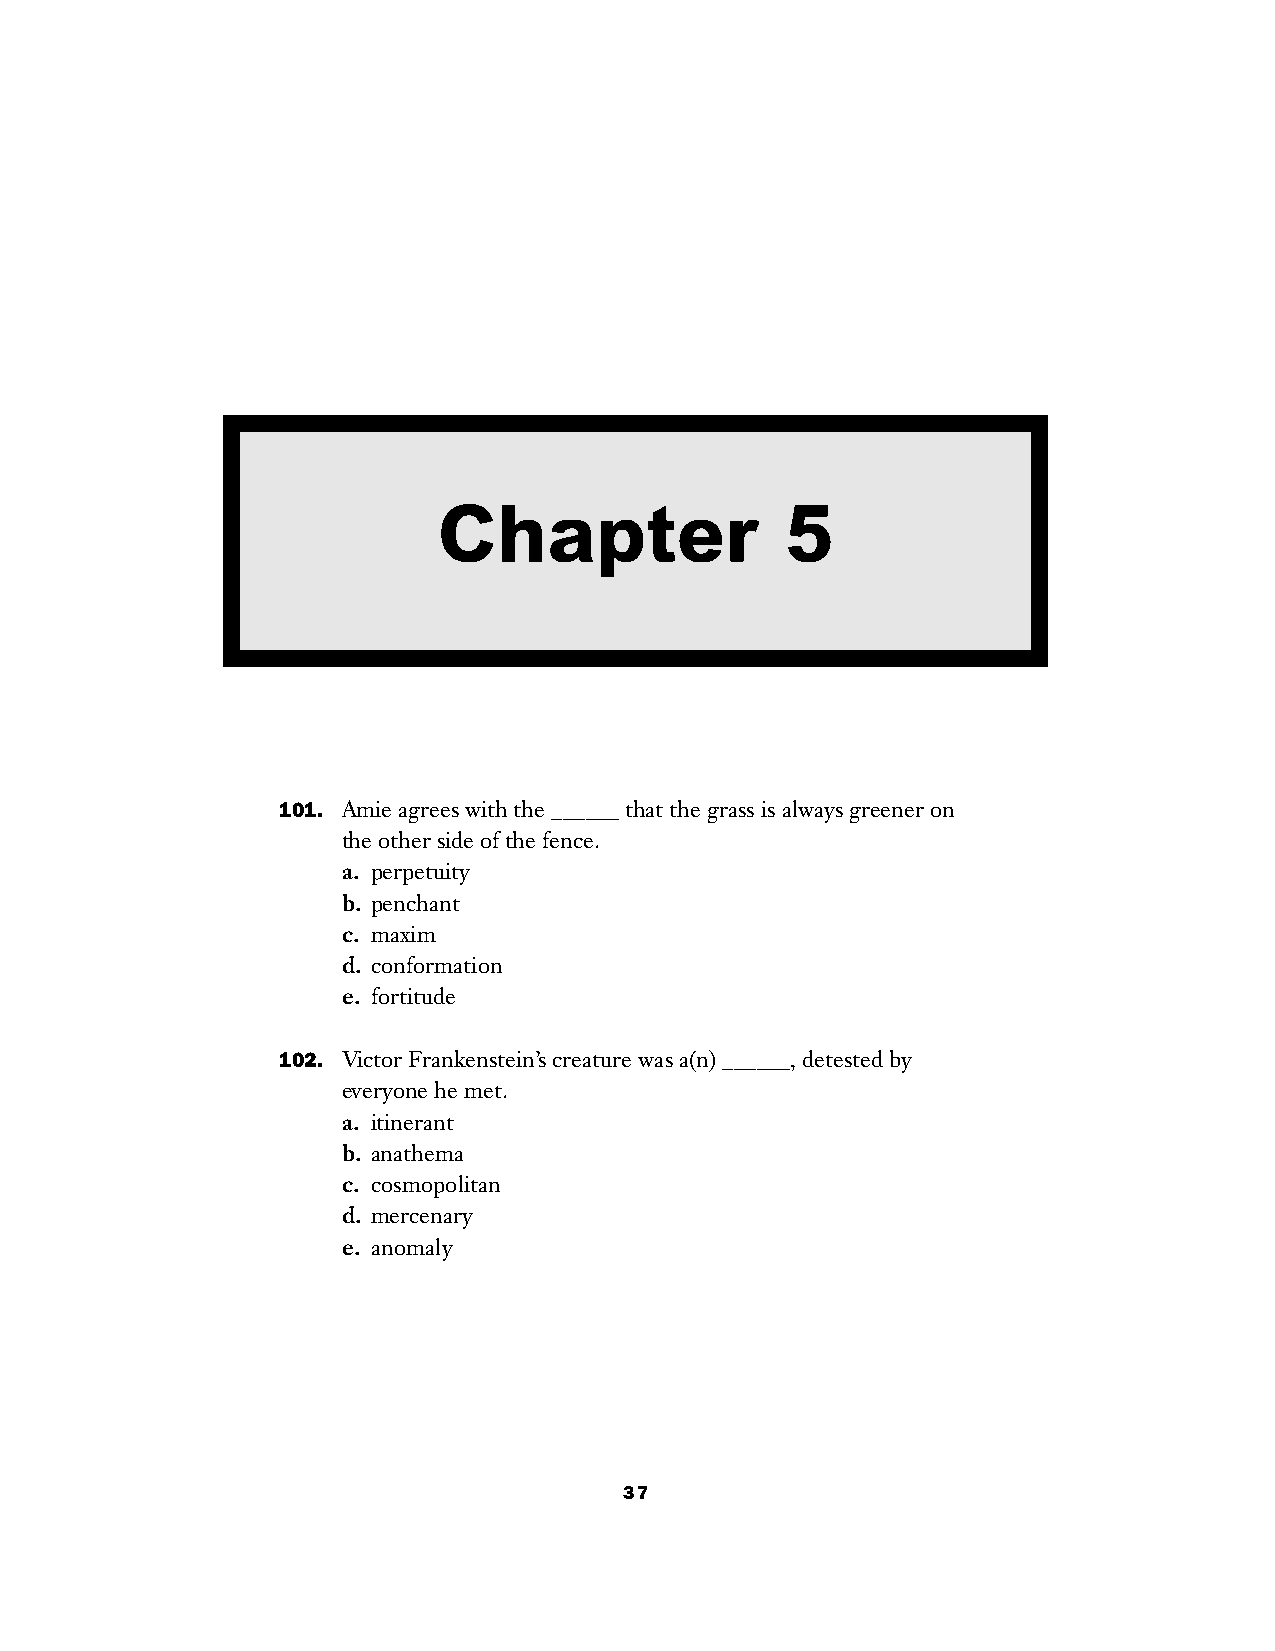
Chapter                5
 101. Amie agrees with the ______ that the grass is always greener on
 the other side of the fence.
 a. perpetuity
 b. penchant
 c. maxim
 d. conformation
 e. fortitude
 102. Victor Frankenstein’s creature was a(n) ______, detested by
 everyone he met.
 a. itinerant
 b. anathema
 c. cosmopolitan
 d. mercenary
 e. anomaly
 37